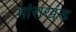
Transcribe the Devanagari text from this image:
मांसखंड